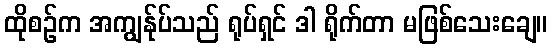
ထိုစဉ်က အကျွန်ုပ်သည် ရုပ်ရှင် ဒါ ရိုက်တာ မဖြစ်သေးချေ။